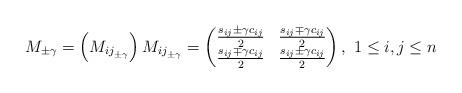
LaTeX: \begin{align*}M_{\pm \gamma}=\left( M_{{ij}_{\pm \gamma}}\right) M_{{ij}_{\pm \gamma}}=\begin{pmatrix}\frac{s_{ij}\pm \gamma c_{ij}}{2} & \frac{s_{ij}\mp \gamma c_{ij}}{2}\\\frac{s_{ij}\mp \gamma c_{ij}}{2} & \frac{s_{ij}\pm \gamma c_{ij}}{2}\end{pmatrix},\ 1\leq i,j\leq n\end{align*}